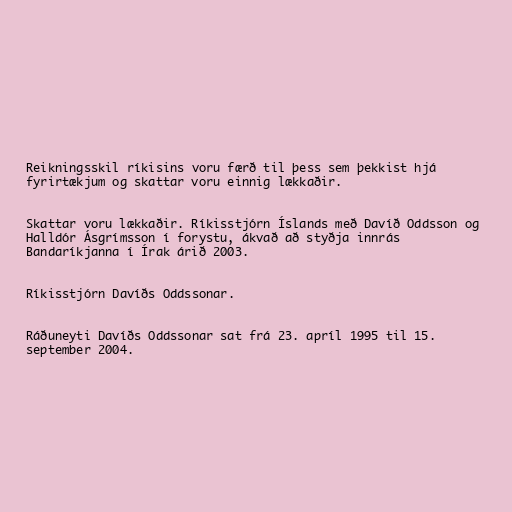
Reikningsskil ríkisins voru færð til þess sem þekkist hjá
fyrirtækjum og skattar voru einnig lækkaðir.

Skattar voru lækkaðir. Ríkisstjórn Íslands með Davíð Oddsson og
Halldór Ásgrímsson í forystu, ákvað að styðja innrás
Bandaríkjanna í Írak árið 2003.

Ríkisstjórn Davíðs Oddssonar.

Ráðuneyti Davíðs Oddssonar sat frá 23. apríl 1995 til 15.
september 2004.